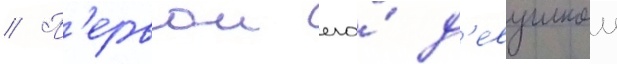
// П'ервои его́ д'евушкои